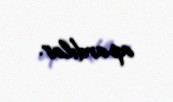
apardılar.